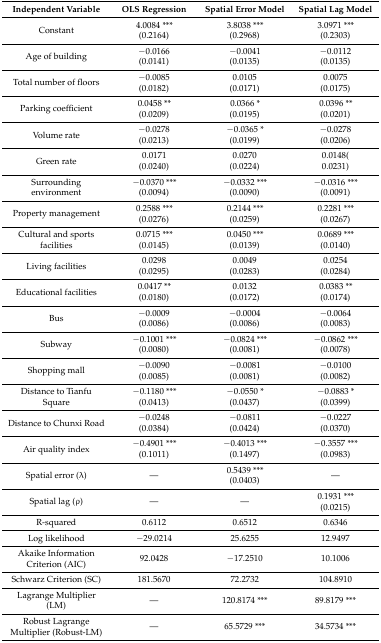
<table><thead><tr><td><b>Independent Variable</b></td><td><b>OLS Regression</b></td><td><b>Spatial Error Model</b></td><td><b>Spatial Lag Model</b></td></tr></thead><tbody><tr><td>Constant</td><td>4.0084 ***(0.2164)</td><td>3.8038 ***(0.2968)</td><td>3.0971 ***(0.2303)</td></tr><tr><td>Age of building</td><td>−0.0166(0.0141)</td><td>−0.0041(0.0135)</td><td>−0.0112(0.0135)</td></tr><tr><td>Total number of floors</td><td>−0.0085(0.0182)</td><td>0.0105(0.0171)</td><td>0.0075(0.0175)</td></tr><tr><td>Parking coefficient</td><td>0.0458 **(0.0209)</td><td>0.0366 *(0.0195)</td><td>0.0396 **(0.0201)</td></tr><tr><td>Volume rate</td><td>−0.0278(0.0213)</td><td>−0.0365 *(0.0199)</td><td>−0.0278(0.0206)</td></tr><tr><td>Green rate</td><td>0.0171(0.0240)</td><td>0.0270(0.0224)</td><td>0.0148(0.0231)</td></tr><tr><td>Surrounding environment</td><td>−0.0370 ***(0.0094)</td><td>−0.0332 ***(0.0090)</td><td>−0.0316 ***(0.0091)</td></tr><tr><td>Property management</td><td>0.2588 ***(0.0276)</td><td>0.2144 ***(0.0259)</td><td>0.2281 ***(0.0267)</td></tr><tr><td>Cultural and sports facilities</td><td>0.0715 ***(0.0145)</td><td>0.0450 ***(0.0139)</td><td>0.0689 ***(0.0140)</td></tr><tr><td>Living facilities</td><td>0.0298(0.0295)</td><td>0.0049(0.0283)</td><td>0.0254(0.0284)</td></tr><tr><td>Educational facilities</td><td>0.0417 **(0.0180)</td><td>0.0132(0.0172)</td><td>0.0383 **(0.0174)</td></tr><tr><td>Bus</td><td>−0.0009(0.0086)</td><td>−0.0004(0.0086)</td><td>−0.0064(0.0083)</td></tr><tr><td>Subway</td><td>−0.1001 ***(0.0080)</td><td>−0.0824 ***(0.0081)</td><td>−0.0862 ***(0.0078)</td></tr><tr><td>Shopping mall</td><td>−0.0090(0.0085)</td><td>−0.0081(0.0081)</td><td>−0.0100(0.0082)</td></tr><tr><td>Distance to Tianfu Square</td><td>−0.1180 ***(0.0413)</td><td>−0.0550 *(0.0437)</td><td>−0.0883 *(0.0399)</td></tr><tr><td>Distance to Chunxi Road</td><td>−0.0248(0.0384)</td><td>−0.0811(0.0424)</td><td>−0.0227(0.0370)</td></tr><tr><td>Air quality index</td><td>−0.4901 ***(0.1011)</td><td>−0.4013 ***(0.1497)</td><td>−0.3557 ***(0.0983)</td></tr><tr><td>Spatial error (λ)</td><td>—</td><td>0.5439 ***(0.0403)</td><td>—</td></tr><tr><td>Spatial lag (ρ)</td><td>—</td><td>—</td><td>0.1931 ***(0.0215)</td></tr><tr><td>R-squared</td><td>0.6112</td><td>0.6512</td><td>0.6346</td></tr><tr><td>Log likelihood</td><td>−29.0214</td><td>25.6255</td><td>12.9497</td></tr><tr><td>Akaike Information Criterion (AIC)</td><td>92.0428</td><td>−17.2510</td><td>10.1006</td></tr><tr><td>Schwarz Criterion (SC)</td><td>181.5670</td><td>72.2732</td><td>104.8910</td></tr><tr><td>Lagrange Multiplier (LM)</td><td>—</td><td>120.8174 ***</td><td>89.8179 ***</td></tr><tr><td>Robust Lagrange Multiplier (Robust-LM)</td><td>—</td><td>65.5729 ***</td><td>34.5734 ***</td></tr></tbody></table>